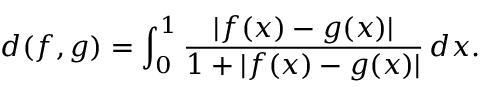
d ( f , g ) = \int _ { 0 } ^ { 1 } { \frac { | f ( x ) - g ( x ) | } { 1 + | f ( x ) - g ( x ) | } } \, d x .